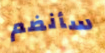
سأنضم